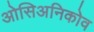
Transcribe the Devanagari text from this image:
ओसिअनिकोव